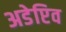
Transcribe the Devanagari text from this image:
अडेप्टिव